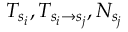
T _ { s _ { i } } , T _ { s _ { i } \rightarrow s _ { j } } , N _ { s _ { j } }